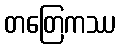
တတြေကဿ